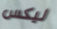
ليكس